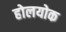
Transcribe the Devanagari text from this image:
होलयोक